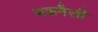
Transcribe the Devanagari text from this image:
मकनैली